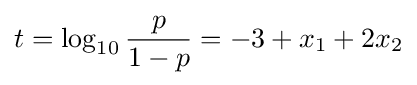
t=\log _{10}{\frac {p}{1-p}}=-3+x_{1}+2x_{2}